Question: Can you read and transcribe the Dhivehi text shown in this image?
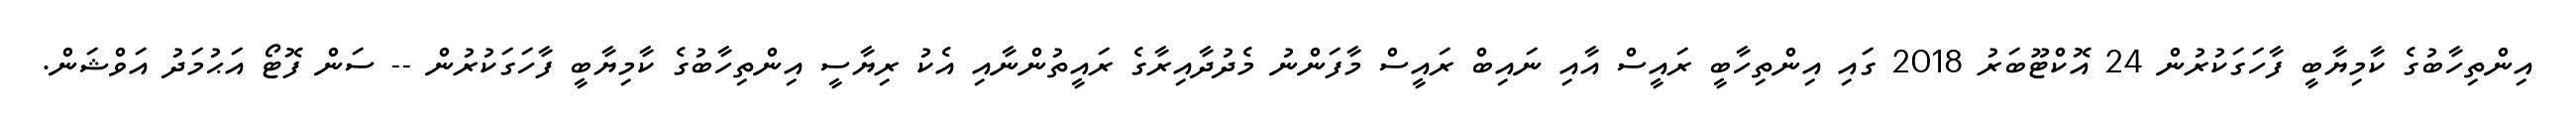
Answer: އިންތިހާބުގެ ކާމިޔާބީ ފާހަގަކުރުން 24 އޮކްޓޫބަރު 2018 ގައި އިންތިހާބީ ރައީސް އާއި ނައިބް ރައީސް މާފަންނު މެދުދާއިރާގެ ރައީތުންނާއި އެކު ރިޔާސީ އިންތިހާބުގެ ކާމިޔާބީ ފާހަގަކުރުން -- ސަން ފޮޓޯ އަޙުމަދު އަވްޝަން.